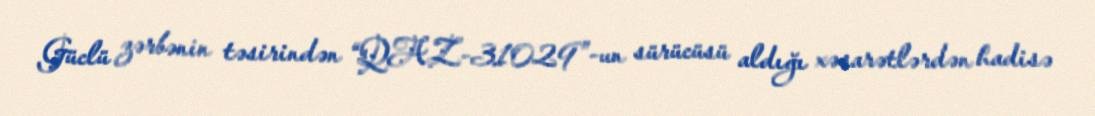
Güclü zərbənin təsirindən “QAZ-31029”-un sürücüsü aldığı xəsarətlərdən hadisə